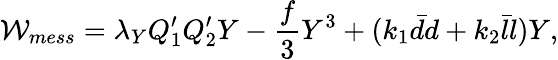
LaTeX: \mathcal{W}_{mess}=\lambda_{Y}Q_{1}^{\prime}Q_{2}^{\prime}Y-\frac{{f}}{{3}}Y^{3}+(k_{1}\bar{{d}}d+k_{2}\bar{{l}}l)Y,